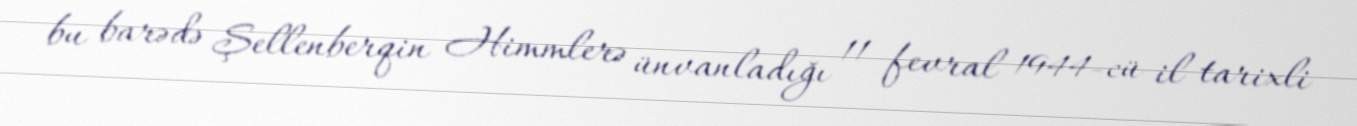
bu barədə Şellenberqin Himmlerə ünvanladığı 11 fevral 1944-cü il tarixli